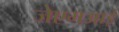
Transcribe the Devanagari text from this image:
जेएमआई